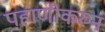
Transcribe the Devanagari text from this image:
पहाणीकरुन